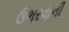
ઉભરવાની